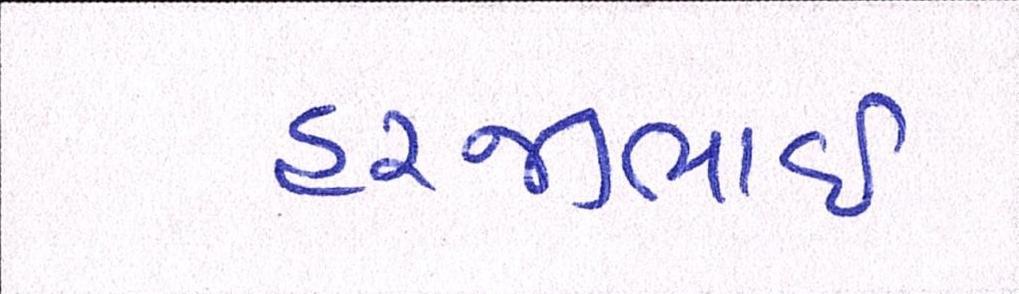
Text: હરજીભાઇ